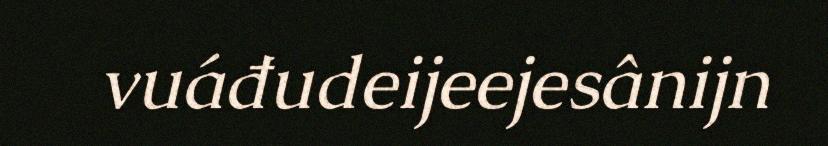
vuáđudeijeejesânijn